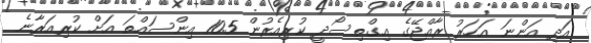
އަދި އަންނަ އަހަރު ރާއްޖޭގެ އިގްތިސޯދީ ކުރިއެރުން 10.5 އިންސައްތަ އަށް ކުރިއަރާނެ